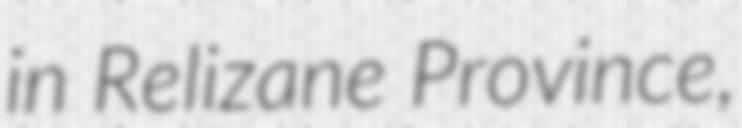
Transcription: in Relizane Province,